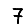
Digit: 7